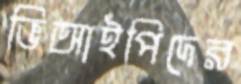
ভিআইপিদের